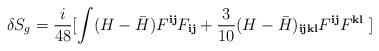
LaTeX: \begin{align*}\delta S_g = \frac{i}{48} [ \int (H-{\bar H}) F^{{\mathbf i}{\mathbf j}}F_{{\mathbf i}{\mathbf j}} + \frac{3}{10} (H-{\bar H})_{{\mathbf i}{\mathbf j}{\mathbf k}{\mathbf l}}F^{{\mathbf i}{\mathbf j}} F^{{\mathbf k}{\mathbf l}}\; ] \end{align*}